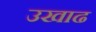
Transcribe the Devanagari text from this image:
उखाढ